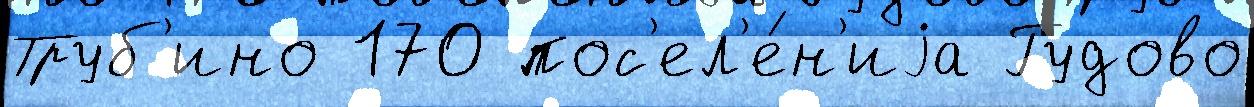
Труб'ино 170 пос'ел'е́н'иjа Гудово